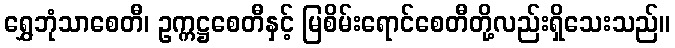
ရွှေဘုံသာစေတီ၊ ဥက္ကဋ္ဌစေတီနှင့် မြစိမ်းရောင်စေတီတို့လည်းရှိသေးသည်။